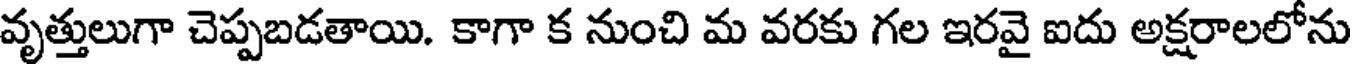
వృత్తులుగా చెప్పబడతాయి. కాగా క నుంచి మ వరకు గల ఇరవై ఐదు అక్షరాలలోను